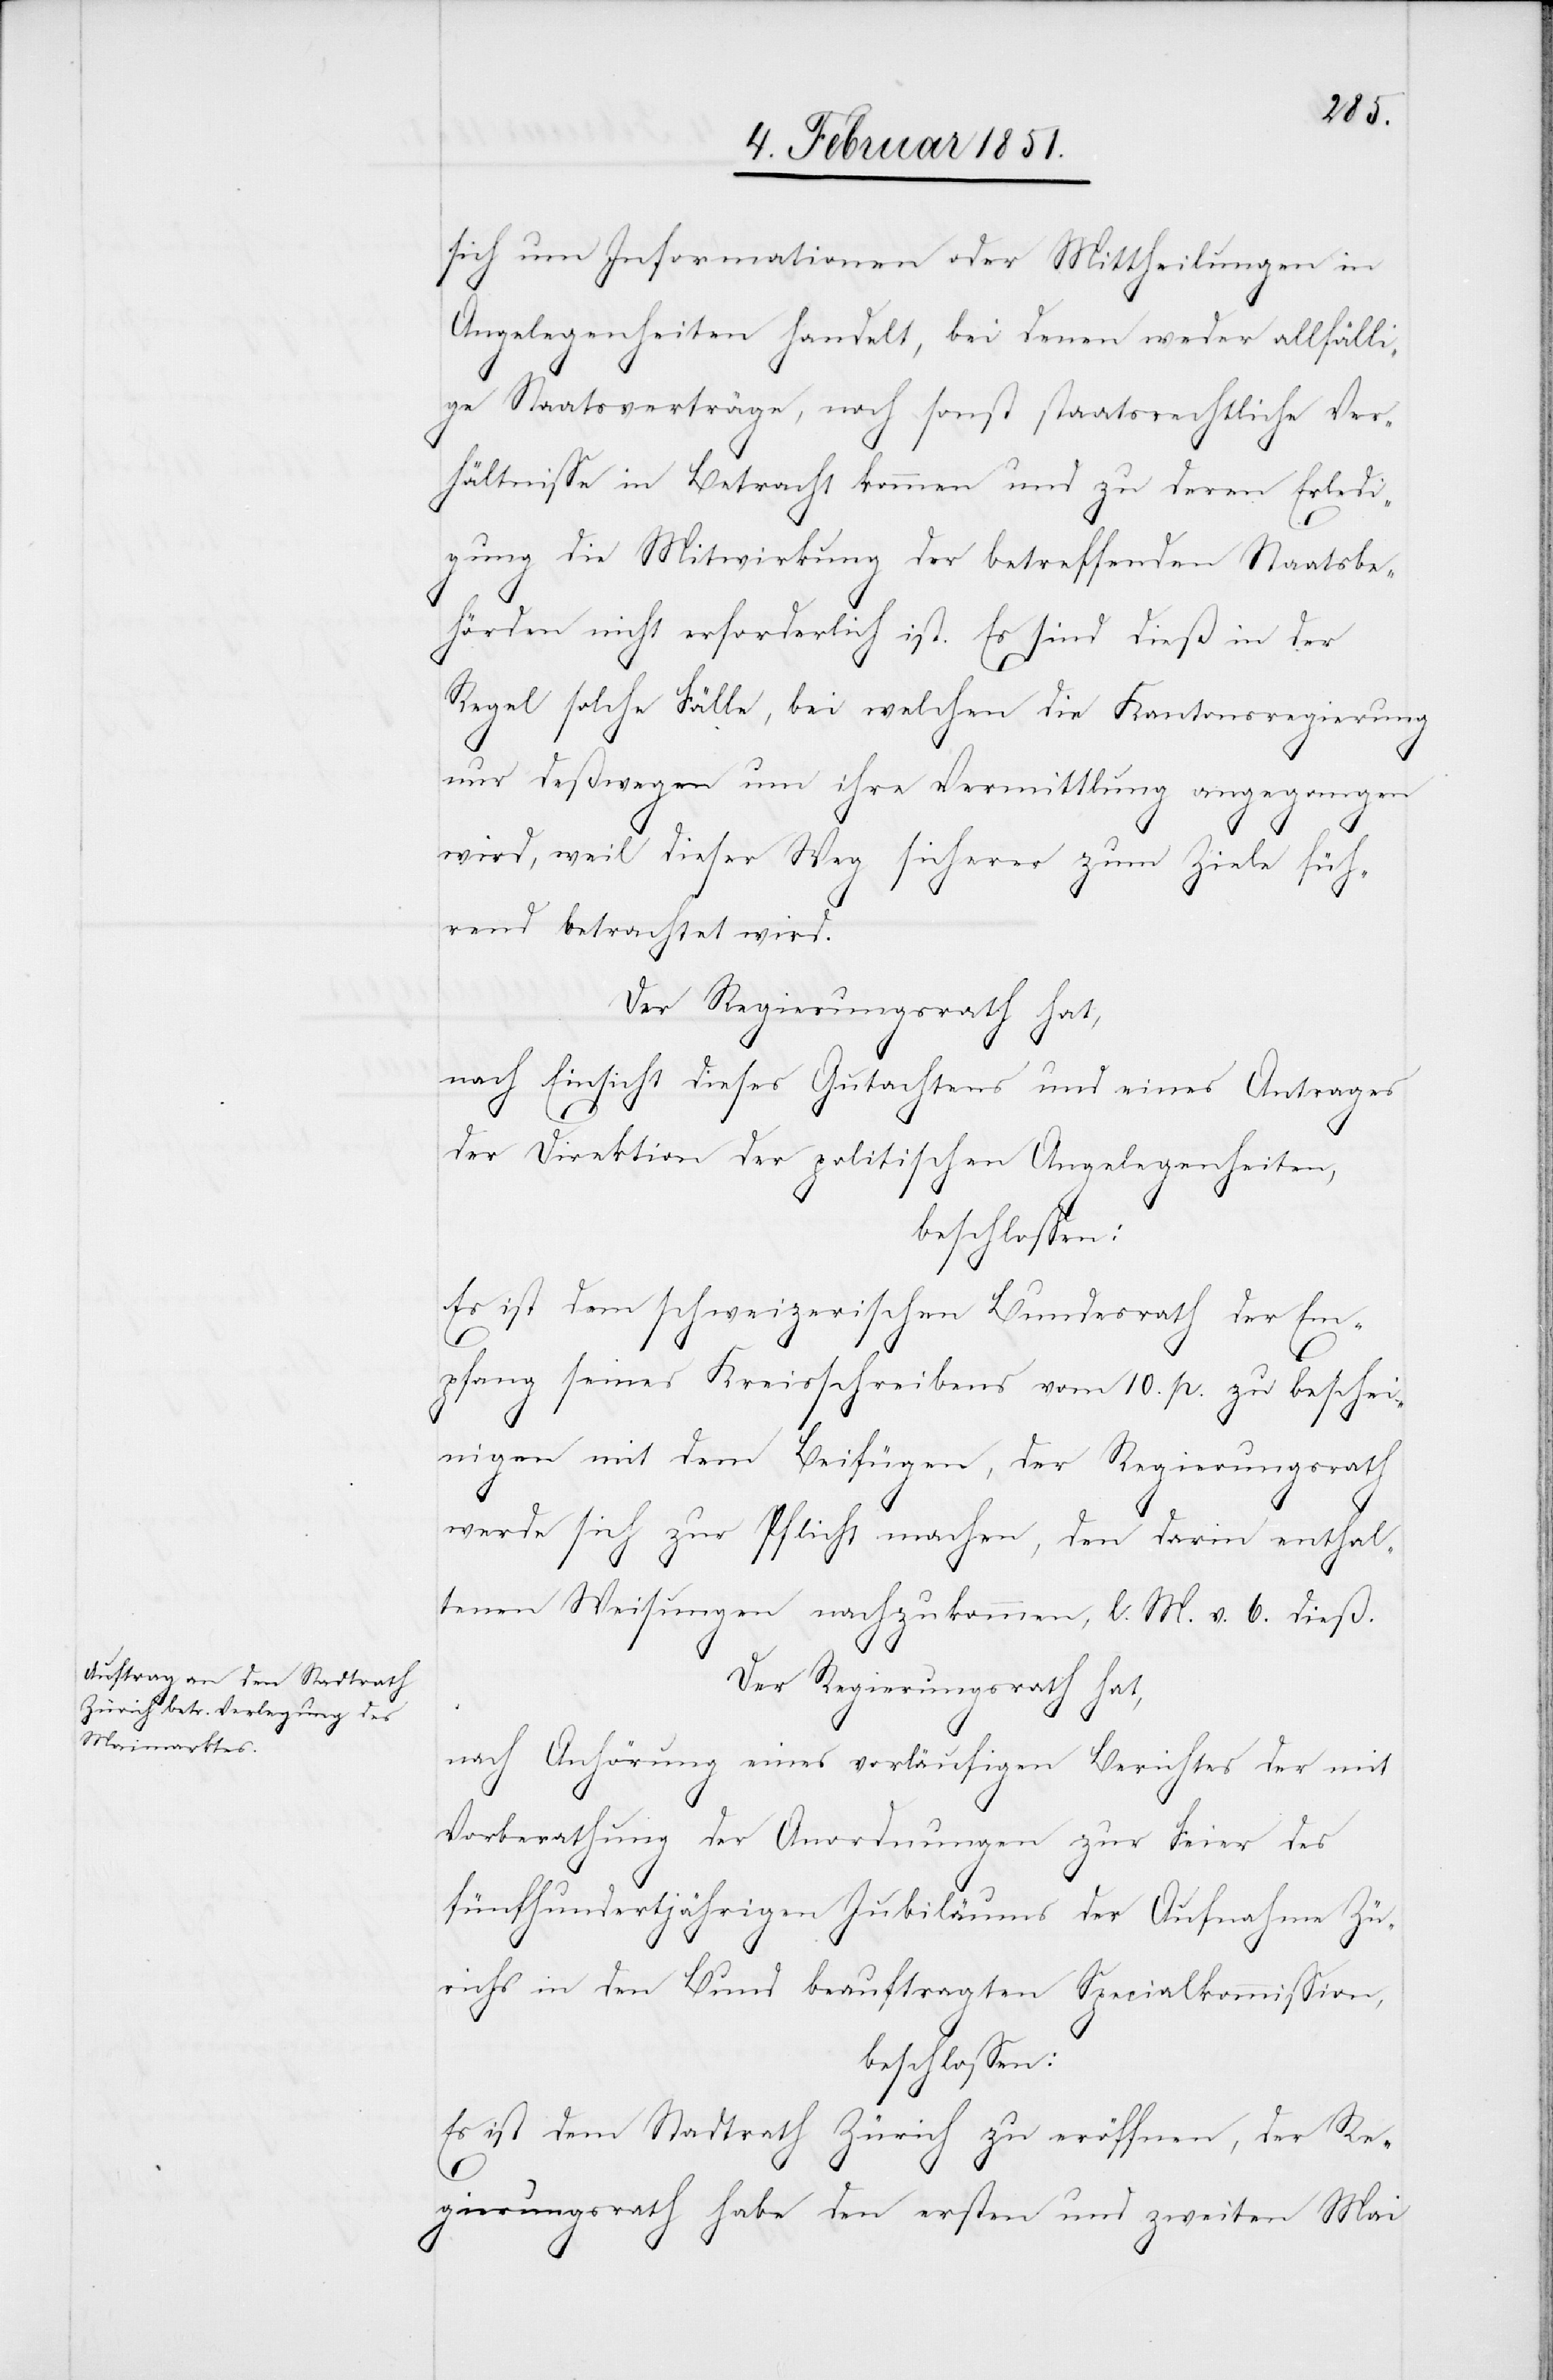
sich um Informationen oder Mittheilungen in
Angelegenheiten handelt, bei denen weder allfälli¬
ge Staatsverträge, noch sonst staatsrechtliche Ver¬
hältnisse in Betracht kommen und zu deren Erledi¬
gung die Mitwirkung der betreffenden Staatsbe¬
hörden nicht erforderlich ist. Es sind dieß in der
Regel solche Fälle, bei welchen die Kantonsregierung
nur deßwegen um ihre Vermittlung angegangen
wird, weil dieser Weg sicherer zum Ziele füh¬
rend betrachtet wird.
Der Regierungsrath hat,
nach Einsicht dieses Gutachtens und eines Antrages
der Direktion der politischen Angelegenheiten,
beschlossen:
Es ist dem schweizerischen Bundesrath der Em¬
pfang seines Kreisschreibens vom 10. p. zu beschei¬
nigen mit dem Beifügen, der Regierungsrath
werde sich zur Pflicht machen, den darin enthal¬
tenen Weisungen nachzukommen, l. M. v. 6. dieß.
Der Regierungsrath hat,
nach Anhörung eines vorläufigen Berichtes der mit
Vorberathung der Anordnungen zur Feier des
fünfhundertjährigen Jubiläums der Aufnahme Zü¬
richs in den Bund beauftragten Specialkommission,
beschlossen:
Es ist dem Stadtrath Zürich zu eröffnen, der Re¬
gierungsrath habe den ersten und zweiten Mai